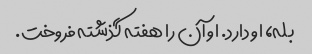
بله، او دارد. او آن را هفته گذشته فروخت.